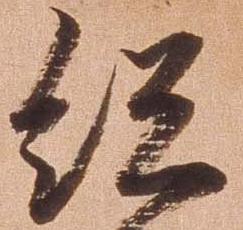
紹